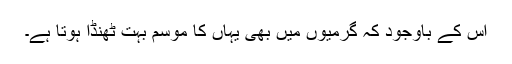
اس کے باوجود کہ گرمیوں میں بھی یہاں کا موسم بہت ٹھنڈا ہوتا ہے۔